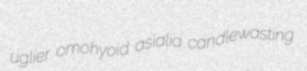
uglier omohyoid asialia candlewasting